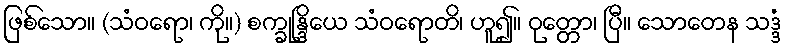
ဖြစ်သော။ (သံဝရော၊ ကို။) စက္ခုန္ဒြိယေ သံဝရောတိ၊ ဟူ၍။ ဝုတ္တော၊ ပြီ။ သောတေန သဒ္ဒံ